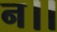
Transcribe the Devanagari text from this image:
न।।